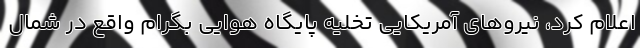
اعلام کرد، نیروهای آمریکایی تخلیه پایگاه هوایی بگرام واقع در شمال